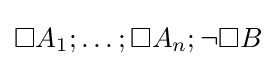
\Box A_{1};\ldots ;\Box A_{n};\neg \Box B